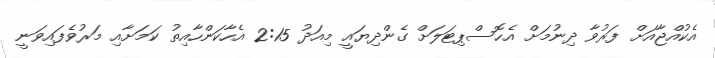
އެކުއްޖާއަށް ފަރުވާ ދިނުމަށް އެހޮސްޕިޓަލަށް ގެންދިޔައީ މިއަދު 2:15 އެހާކަންހާއިތު ކަމަށާއި މަރުވެފައިވަނީ